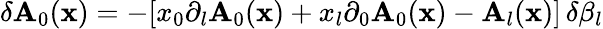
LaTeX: \delta\mathbf{A}_{0}({\mathbf{x}})=-[x_{0}\partial_{l}\mathbf{A}_{0}({\mathbf{x}})+x_{l}\partial_{0}\mathbf{A}_{0}({\mathbf{x}})-\mathbf{A}_{l}({\mathbf{x}})]\, \delta\beta_{l}